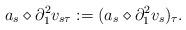
LaTeX: \begin{align*}a_s \diamond \partial_1^2 v_{s \tau} := (a_s \diamond \partial_1^2 v_s )_{\tau}.\\\end{align*}